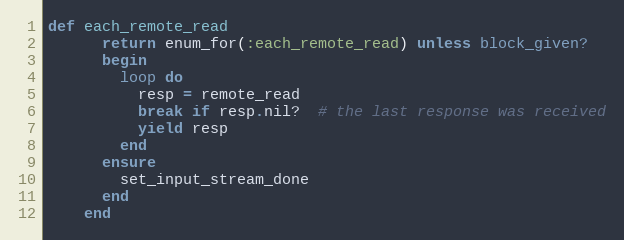
Language: Ruby
def each_remote_read
      return enum_for(:each_remote_read) unless block_given?
      begin
        loop do
          resp = remote_read
          break if resp.nil?  # the last response was received
          yield resp
        end
      ensure
        set_input_stream_done
      end
    end